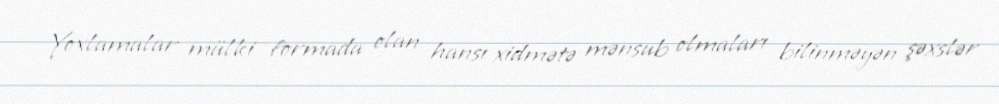
Yoxlamalar mülki formada olan hansı xidmətə mənsub olmaları bilinməyən şəxslər